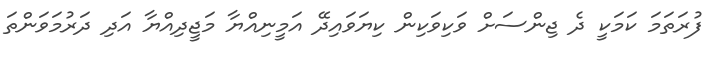
ފުރަތަމަ ކަމަކީ ދެ ޖިންސަށް ވަކިވަކިން ކިޔަވައިދޭ އަމީނިއްޔާ މަޖީދިއްޔާ އަދި ދަރުމަވަންތަ